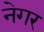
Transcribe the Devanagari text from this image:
नेगर